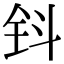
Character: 钭